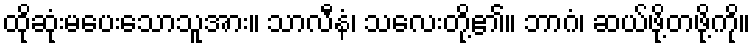
ထိုဆုံးမပေးသောသူအား။ သာလီနံ၊ သလေးတို့၏။ ဘာဂံ၊ ဆယ်ဖို့တဖို့ကို။